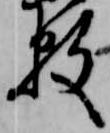
数